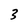
Character: 3